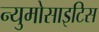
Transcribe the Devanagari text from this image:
न्युमोसाइटिस